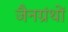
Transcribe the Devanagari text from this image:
जैनग्रंथों